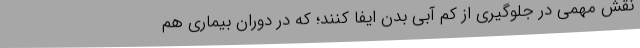
نقش مهمی در جلوگیری از کم آبی بدن ایفا کنند؛ که در دوران بیماری هم